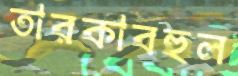
তারকাবহুল